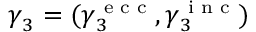
\boldsymbol { \gamma } _ { 3 } = ( \boldsymbol { \gamma } _ { 3 } ^ { \textnormal { \scriptsize e c c } } , \boldsymbol { \gamma } _ { 3 } ^ { \textnormal { \scriptsize i n c } } )